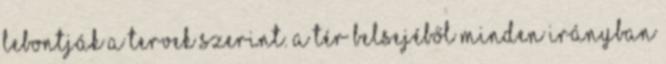
lebontják a tervek szerint. A tér belsejéből minden irányban